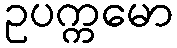
ဥပက္ကမော